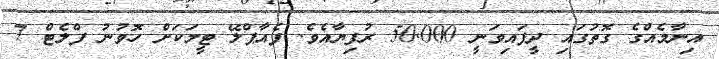
އިނާމެއްގެ ގޮތުގައި ދީފައިވަނީ 50